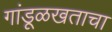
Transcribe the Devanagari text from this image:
गांडूळखताचा